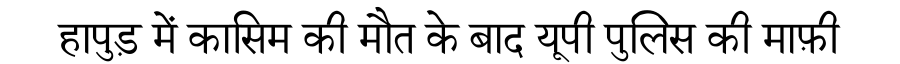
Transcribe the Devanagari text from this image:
हापुड़ में कासिम की मौत के बाद यूपी पुलिस की माफ़ी